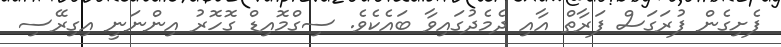
ފެށިގެން ފުރަގަސް ފަރާތް އާއި ދެމެދުގައިވާ ބައެކެވެ. ސިގްމޮއިޑް ގޮހޮރު އިންނަނީ އިގިރޭސި